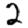
Digit: 2